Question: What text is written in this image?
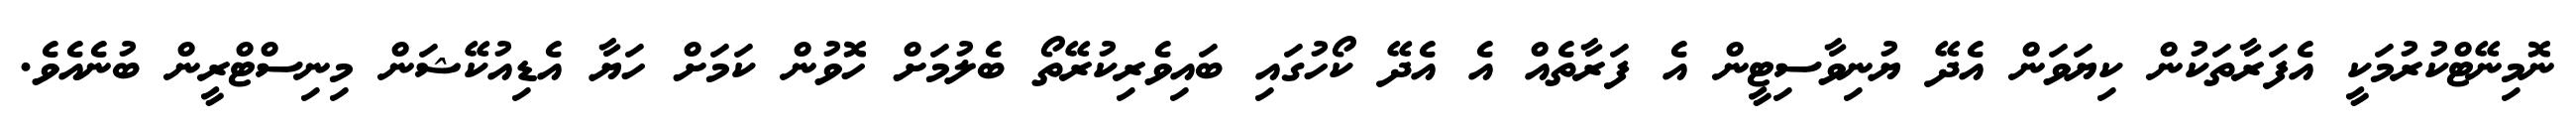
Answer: ނޮމިނޭޓްކުރުމަކީ އެފަރާތަކުން ކިޔަވަން އެދޭ ޔުނިވާސިޓީން އެ ފަރާތެއް އެ އެދޭ ކޯހުގައި ބައިވެރިކުރޭތޯ ބެލުމަށް ހޮވުން ކަމަށް ހަޔާ އެޑިއުކޭޝަން މިނިސްޓްރީން ބުނެއެވެ.